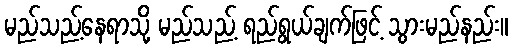
မည်သည့်နေရာသို့ မည်သည့် ရည်ရွယ်ချက်ဖြင့် သွားမည်နည်း။